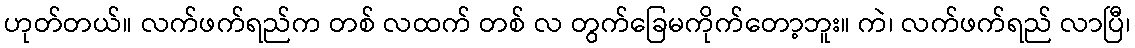
ဟုတ်တယ်။ လက်ဖက်ရည်က တစ် လထက် တစ် လ တွက်ခြေမကိုက်တော့ဘူး။ ကဲ၊ လက်ဖက်ရည် လာပြီ၊